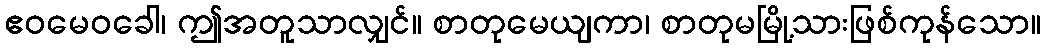
ဧဝမေဝခေါ၊ ဤအတူသာလျှင်။ စာတုမေယျကာ၊ စာတုမမြို့သားဖြစ်ကုန်သော။